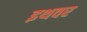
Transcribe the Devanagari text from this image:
इथवर